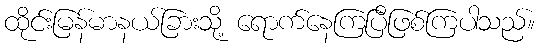
ထိုင်းမြန်မာနယ်ခြားသို့ ရောက်နေကြပြီဖြစ်ကြပါသည်။